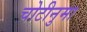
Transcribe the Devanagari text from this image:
चोटीनुमा